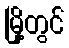
မြို့တွင်